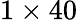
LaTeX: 1\times 40